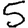
Digit: 5